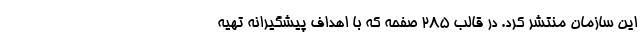
این سازمان منتشر کرد. در قالب ۲۸۵ صفحه که با اهداف پیشگیرانه تهیه